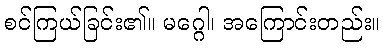
စင်ကြယ်ခြင်း၏။ မဂ္ဂေါ၊ အကြောင်းတည်း။